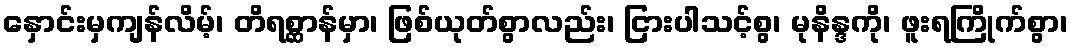
နှောင်းမှကျန်လိမ့်၊ တိရစ္ဆာန်မှာ၊ ဖြစ်ယုတ်စွာလည်း၊ ငြားပါသင့်စွ၊ မုနိန္ဒကို၊ ဖူးရကြိုက်စွာ၊